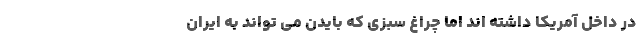
در داخل آمریکا داشته اند اما چراغ سبزی که بایدن می تواند به ایران